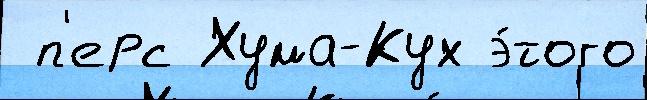
 п'ерс Хума-Кух э́того